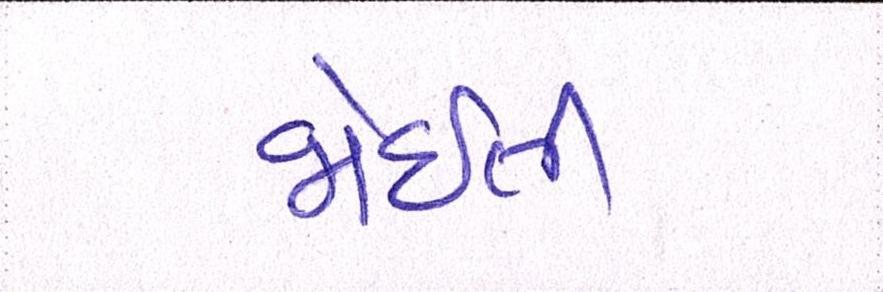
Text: જોઈતી